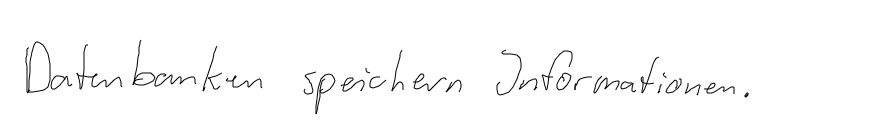
Datenbanken speichern Informationen.